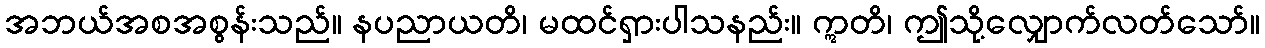
အဘယ်အစအစွန်းသည်။ နပညာယတိ၊ မထင်ရှားပါသနည်း။ ဣတိ၊ ဤသို့လျှောက်လတ်သော်။